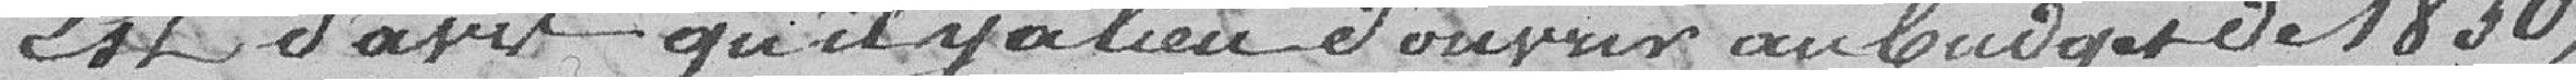
Est d'avis qu'il y a lieu d'ouvrir au budget de 1830,